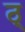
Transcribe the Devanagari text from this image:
ठ्‌